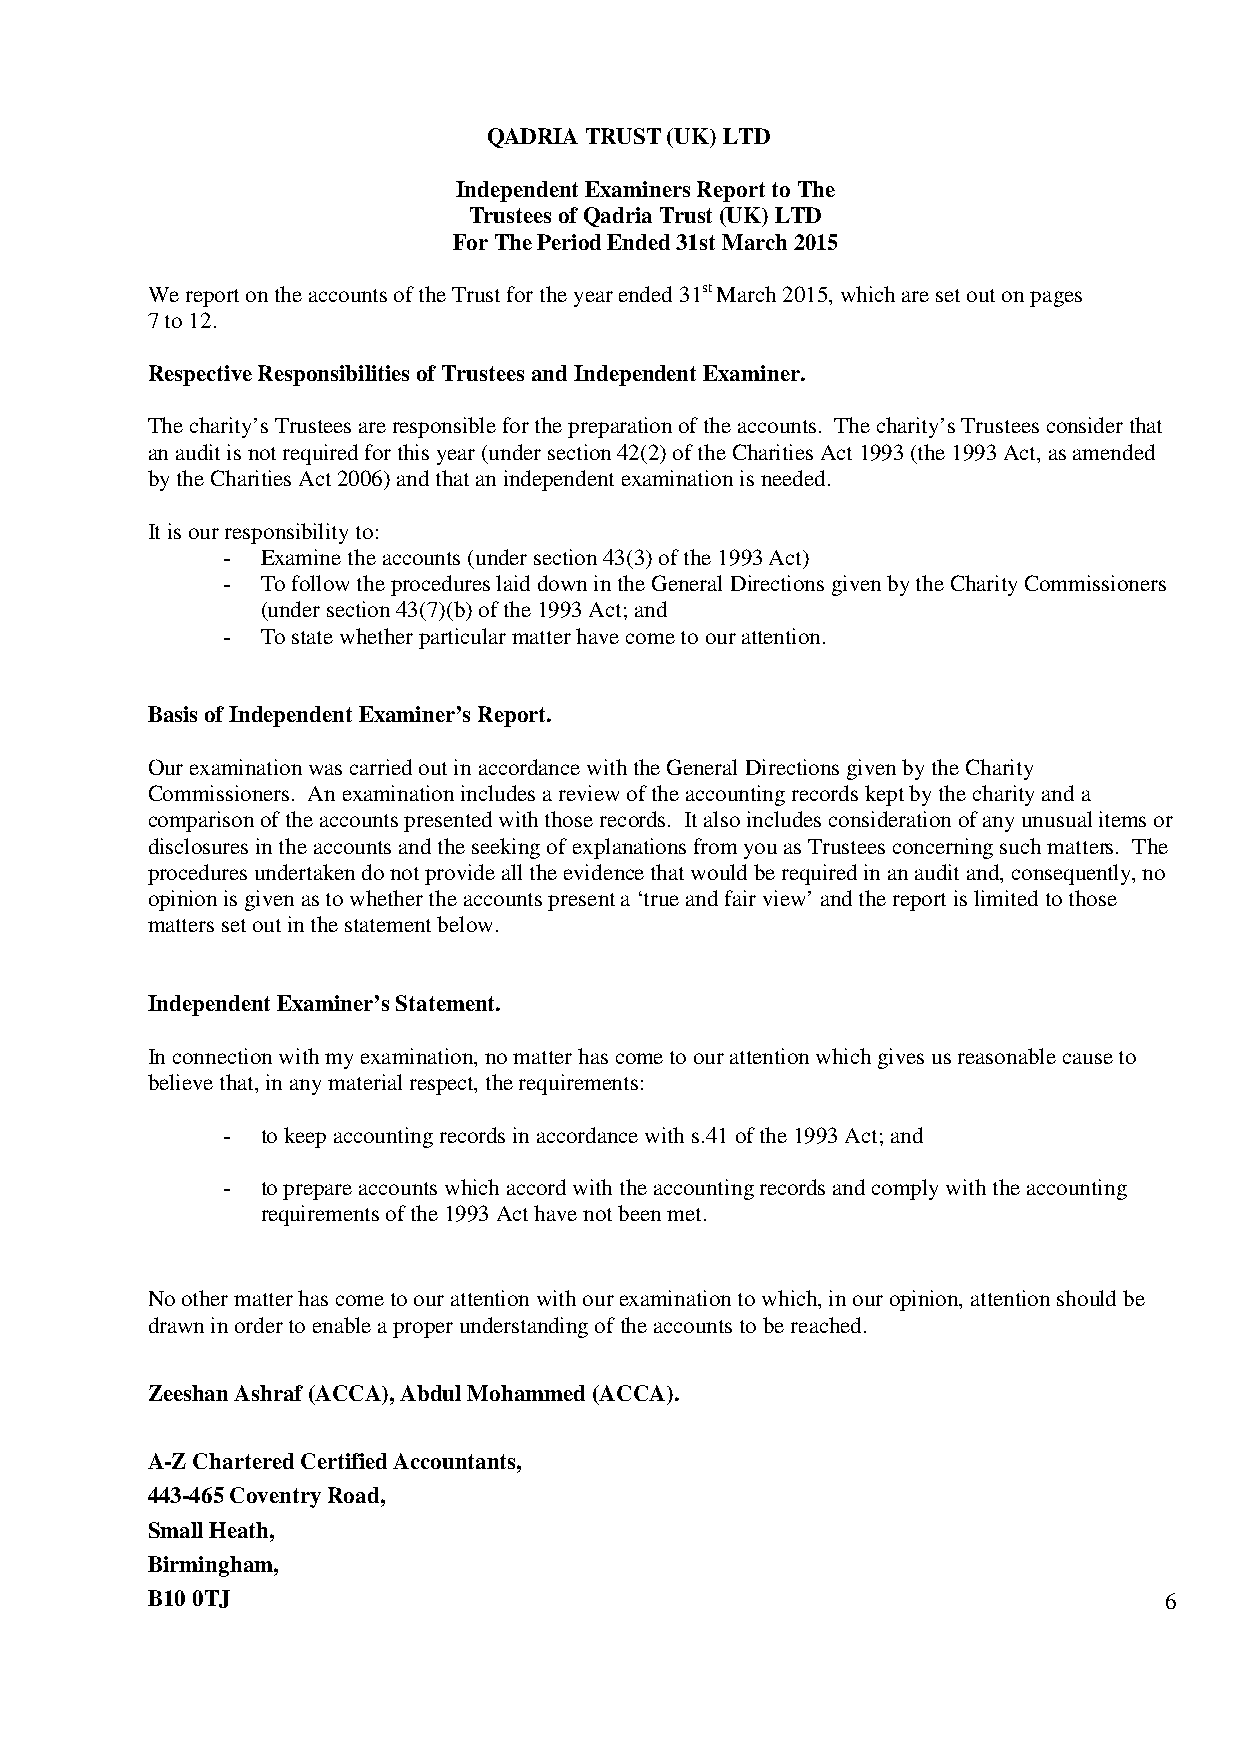
QADRIA TRUST (UK) LTD
 Independent Examiners Report to The
 Trustees of Qadria Trust (UK) LTD
 For The Period Ended 31st March 2015
 We report on the accounts of the Trust for the year ended 31st March 2015, which are set out on pages
 7 to 12.
 Respective Responsibilities of Trustees and Independent Examiner.
 The charity’s Trustees are responsible for the preparation of the accounts. The charity’s Trustees consider that
 an audit is not required for this year (under section 42(2) of the Charities Act 1993 (the 1993 Act, as amended
 by the Charities Act 2006) and that an independent examination is needed.
 It is our responsibility to:
 - Examine the accounts (under section 43(3) of the 1993 Act)
 - To follow the procedures laid down in the General Directions given by the Charity Commissioners
 (under section 43(7)(b) of the 1993 Act; and
 - To state whether particular matter have come to our attention.
 Basis of Independent Examiner’s Report.
 Our examination was carried out in accordance with the General Directions given by the Charity
 Commissioners. An examination includes a review of the accounting records kept by the charity and a
 comparison of the accounts presented with those records. It also includes consideration of any unusual items or
 disclosures in the accounts and the seeking of explanations from you as Trustees concerning such matters. The
 procedures undertaken do not provide all the evidence that would be required in an audit and, consequently, no
 opinion is given as to whether the accounts present a ‘true and fair view’ and the report is limited to those
 matters set out in the statement below.
 Independent Examiner’s Statement.
 In connection with my examination, no matter has come to our attention which gives us reasonable cause to
 believe that, in any material respect, the requirements:
 - to keep accounting records in accordance with s.41 of the 1993 Act; and
 - to prepare accounts which accord with the accounting records and comply with the accounting
 requirements of the 1993 Act have not been met.
 No other matter has come to our attention with our examination to which, in our opinion, attention should be
 drawn in order to enable a proper understanding of the accounts to be reached.
 Zeeshan Ashraf (ACCA), Abdul Mohammed (ACCA).
 A-Z Chartered Certified Accountants,
 443-465 Coventry Road,
 Small Heath,
 Birmingham,
 B10 0TJ                                                            6